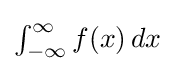
{\textstyle \int _{-\infty }^{\infty }f(x)\,dx}